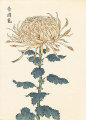
心逐南云逝，形随北雁来。